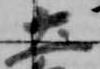
土